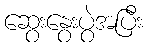
ဆွေးနွေးပွဲအပြီး